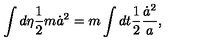
\int d \eta { \frac { 1 } { 2 } } m \dot { a } ^ { 2 } = m \int d t { \frac { 1 } { 2 } } { \frac { \dot { a } ^ { 2 } } { a } } ,